Punjab Mental Hospital Lahore 1922-31 - 1922-1931
Year: 1922
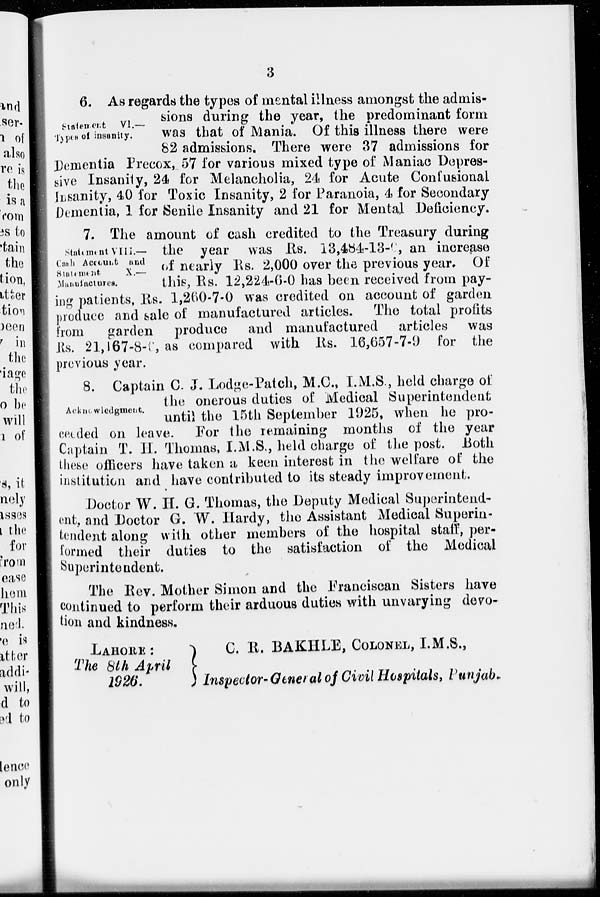
3
Statement
VI.—
Types of insanity.
6. As regards the types of mental illness amongst the admis-
sions during the year, the predominant form
was that of Mania. Of this illness there were
82 admissions. There were 37 admissions for
Dementia Precox, 57 for various mixed type of Maniac Depres-
sive Insanity, 24 for Melancholia, 24 for Acute Confusional
Insanity, 40 for Toxic Insanity, 2 for Paranoia, 4 for Secondary
Dementia, 1 for Senile Insanity and 21 for Mental Deficiency.
Statement VIII.—
Cash Account and
Statement
X.—
Manufactures.
7. The amount of cash credited to the Treasury during
the year was Rs. 13,484-13-6, an increase
of nearly Rs. 2,000 over the previous year. Of
this, Rs. 12,224-6-0 has been received from pay-
ing patients, Rs. 1,260-7-0 was credited on account of garden
produce and sale of manufactured articles. The total profits
from
garden produce and manufactured
articles was
Rs. 21,167-8-6, as compared with Rs. 16,657-7-9 for the
previous year.
Acknowledgment.
8. Captain C. J. Lodge-Patch, M.C., I.M.S., held charge of
the onerous duties of Medical Superintendent
until the 15th September 1925, when he pro-
ceeded on leave. For the remaining months of the year
Captain T. H. Thomas, I.M.S., held charge of the post. Both
these officers have taken a keen interest in the welfare of the
institution and have contributed to its steady improvement.
Doctor W. H. G. Thomas, the Deputy Medical Superintend-
ent, and Doctor G. W. Hardy, the Assistant Medical Superin-
tendent along with other members of the hospital staff, per-
formed their duties to the satisfaction of the Medical
Superintendent.
The Rev. Mother Simon and the Franciscan Sisters have
continued to perform their arduous duties with unvarying devo-
tion and kindness.
LAHORE :
The 8th April
1926.
C. R. BAKHLE, COLONEL, I.M.S.,
Inspector-General of Civil Hospitals, Punjab.